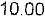
10.00